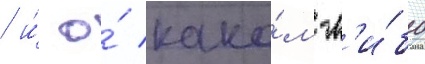
/ и́ о́ како́м-л'и́бо